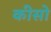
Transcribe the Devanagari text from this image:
कीसो